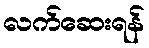
လက်ဆေးရန်